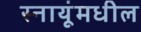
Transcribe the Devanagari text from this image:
स्नायूंमधील